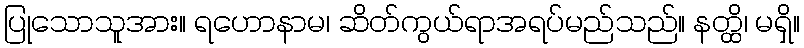
ပြုသောသူအား။ ရဟောနာမ၊ ဆိတ်ကွယ်ရာအရပ်မည်သည်။ နတ္ထိ၊ မရှိ။